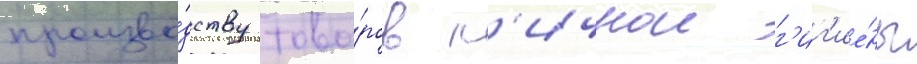
произво́дству това́ров л'ичнои г'иг'ие́ны